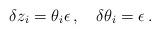
LaTeX: \begin{align*}\delta z_i = \theta_i\epsilon\,, \quad \delta \theta_i = \epsilon\,.\end{align*}